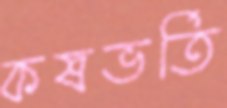
কষভর্তি